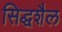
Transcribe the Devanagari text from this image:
सिद्धशैल